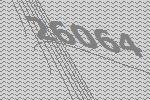
26064